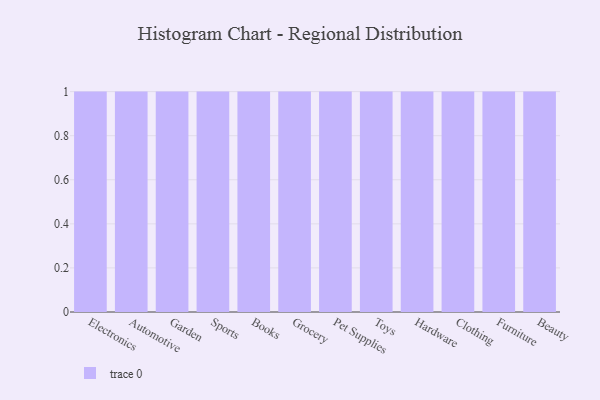
{"axis": {"x": "Category", "y": "Operating Costs (USD K)"}, "legend": [""], "data": [{"x": "Electronics", "y": 91, "type": ""}, {"x": "Automotive", "y": 55, "type": ""}, {"x": "Garden", "y": 68, "type": ""}, {"x": "Sports", "y": 61, "type": ""}, {"x": "Books", "y": 100, "type": ""}, {"x": "Grocery", "y": 78, "type": ""}, {"x": "Pet Supplies", "y": 31, "type": ""}, {"x": "Toys", "y": 13, "type": ""}, {"x": "Hardware", "y": 37, "type": ""}, {"x": "Clothing", "y": 78, "type": ""}, {"x": "Furniture", "y": 61, "type": ""}, {"x": "Beauty", "y": 4, "type": ""}]}